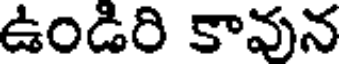
ఉండిరి కావున